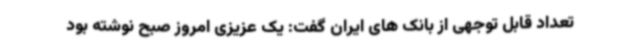
تعداد قابل توجهی از بانک های ایران گفت: یک عزیزی امروز صبح نوشته بود